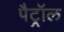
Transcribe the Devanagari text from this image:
पैट्रॉल